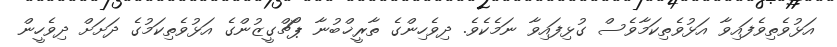
އަޅުވެތިވެފައިވާ އަޅުވެތިކަމާވެސް ގުޅިފައިވާ ނަމެކެވެ. ދިވެހިންގެ ތާރީޚްބުނާ ޕޯޗްގީޒުންގެ އަޅުވެތިކަމުގެ ދަށަށް ދިވެހީން